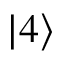
| 4 \rangle